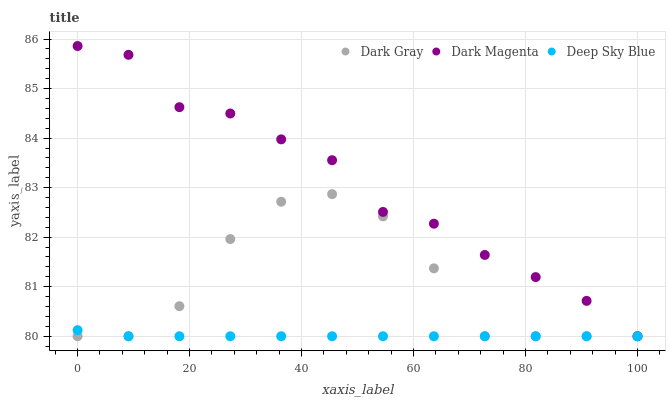
| xaxis_label | Dark Gray | Dark Magenta | Deep Sky Blue |
 | --- | --- | --- | --- |
 | 0 | 80 | 85.9 | 80.1 |
 | 9.09 | 80 | 85.7 | 80 |
 | 18.2 | 80.6 | 84.6 | 80 |
 | 27.3 | 82 | 84.5 | 80 |
 | 36.4 | 82.7 | 84 | 80 |
 | 45.5 | 82.9 | 83.6 | 80 |
 | 54.5 | 82.4 | 82.5 | 80 |
 | 63.6 | 81.4 | 82.3 | 80 |
 | 72.7 | 80 | 81.6 | 80 |
 | 81.8 | 80 | 81.2 | 80 |
 | 90.9 | 80 | 80.7 | 80 |
 | 100 | 80 | 80 | 80 |